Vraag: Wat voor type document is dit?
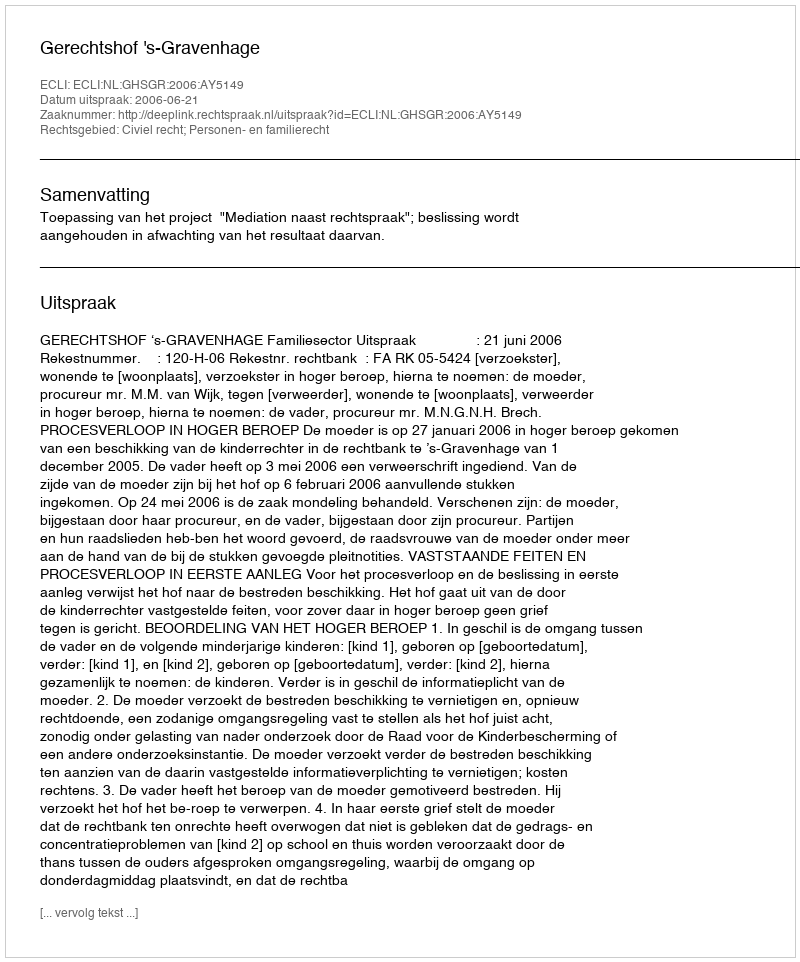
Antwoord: Uitspraak